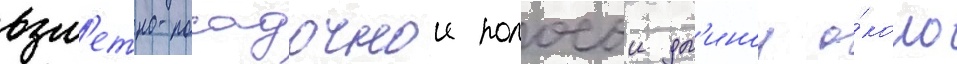
взл'етно-посадочнои полосои дл'инои о́коло